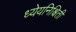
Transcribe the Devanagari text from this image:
ध्येयनिश्चिती